Source: Handwritten
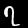
Digit: ၇ (7)